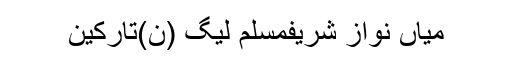
میاں نواز شریفمسلم لیگ (ن)تارکین